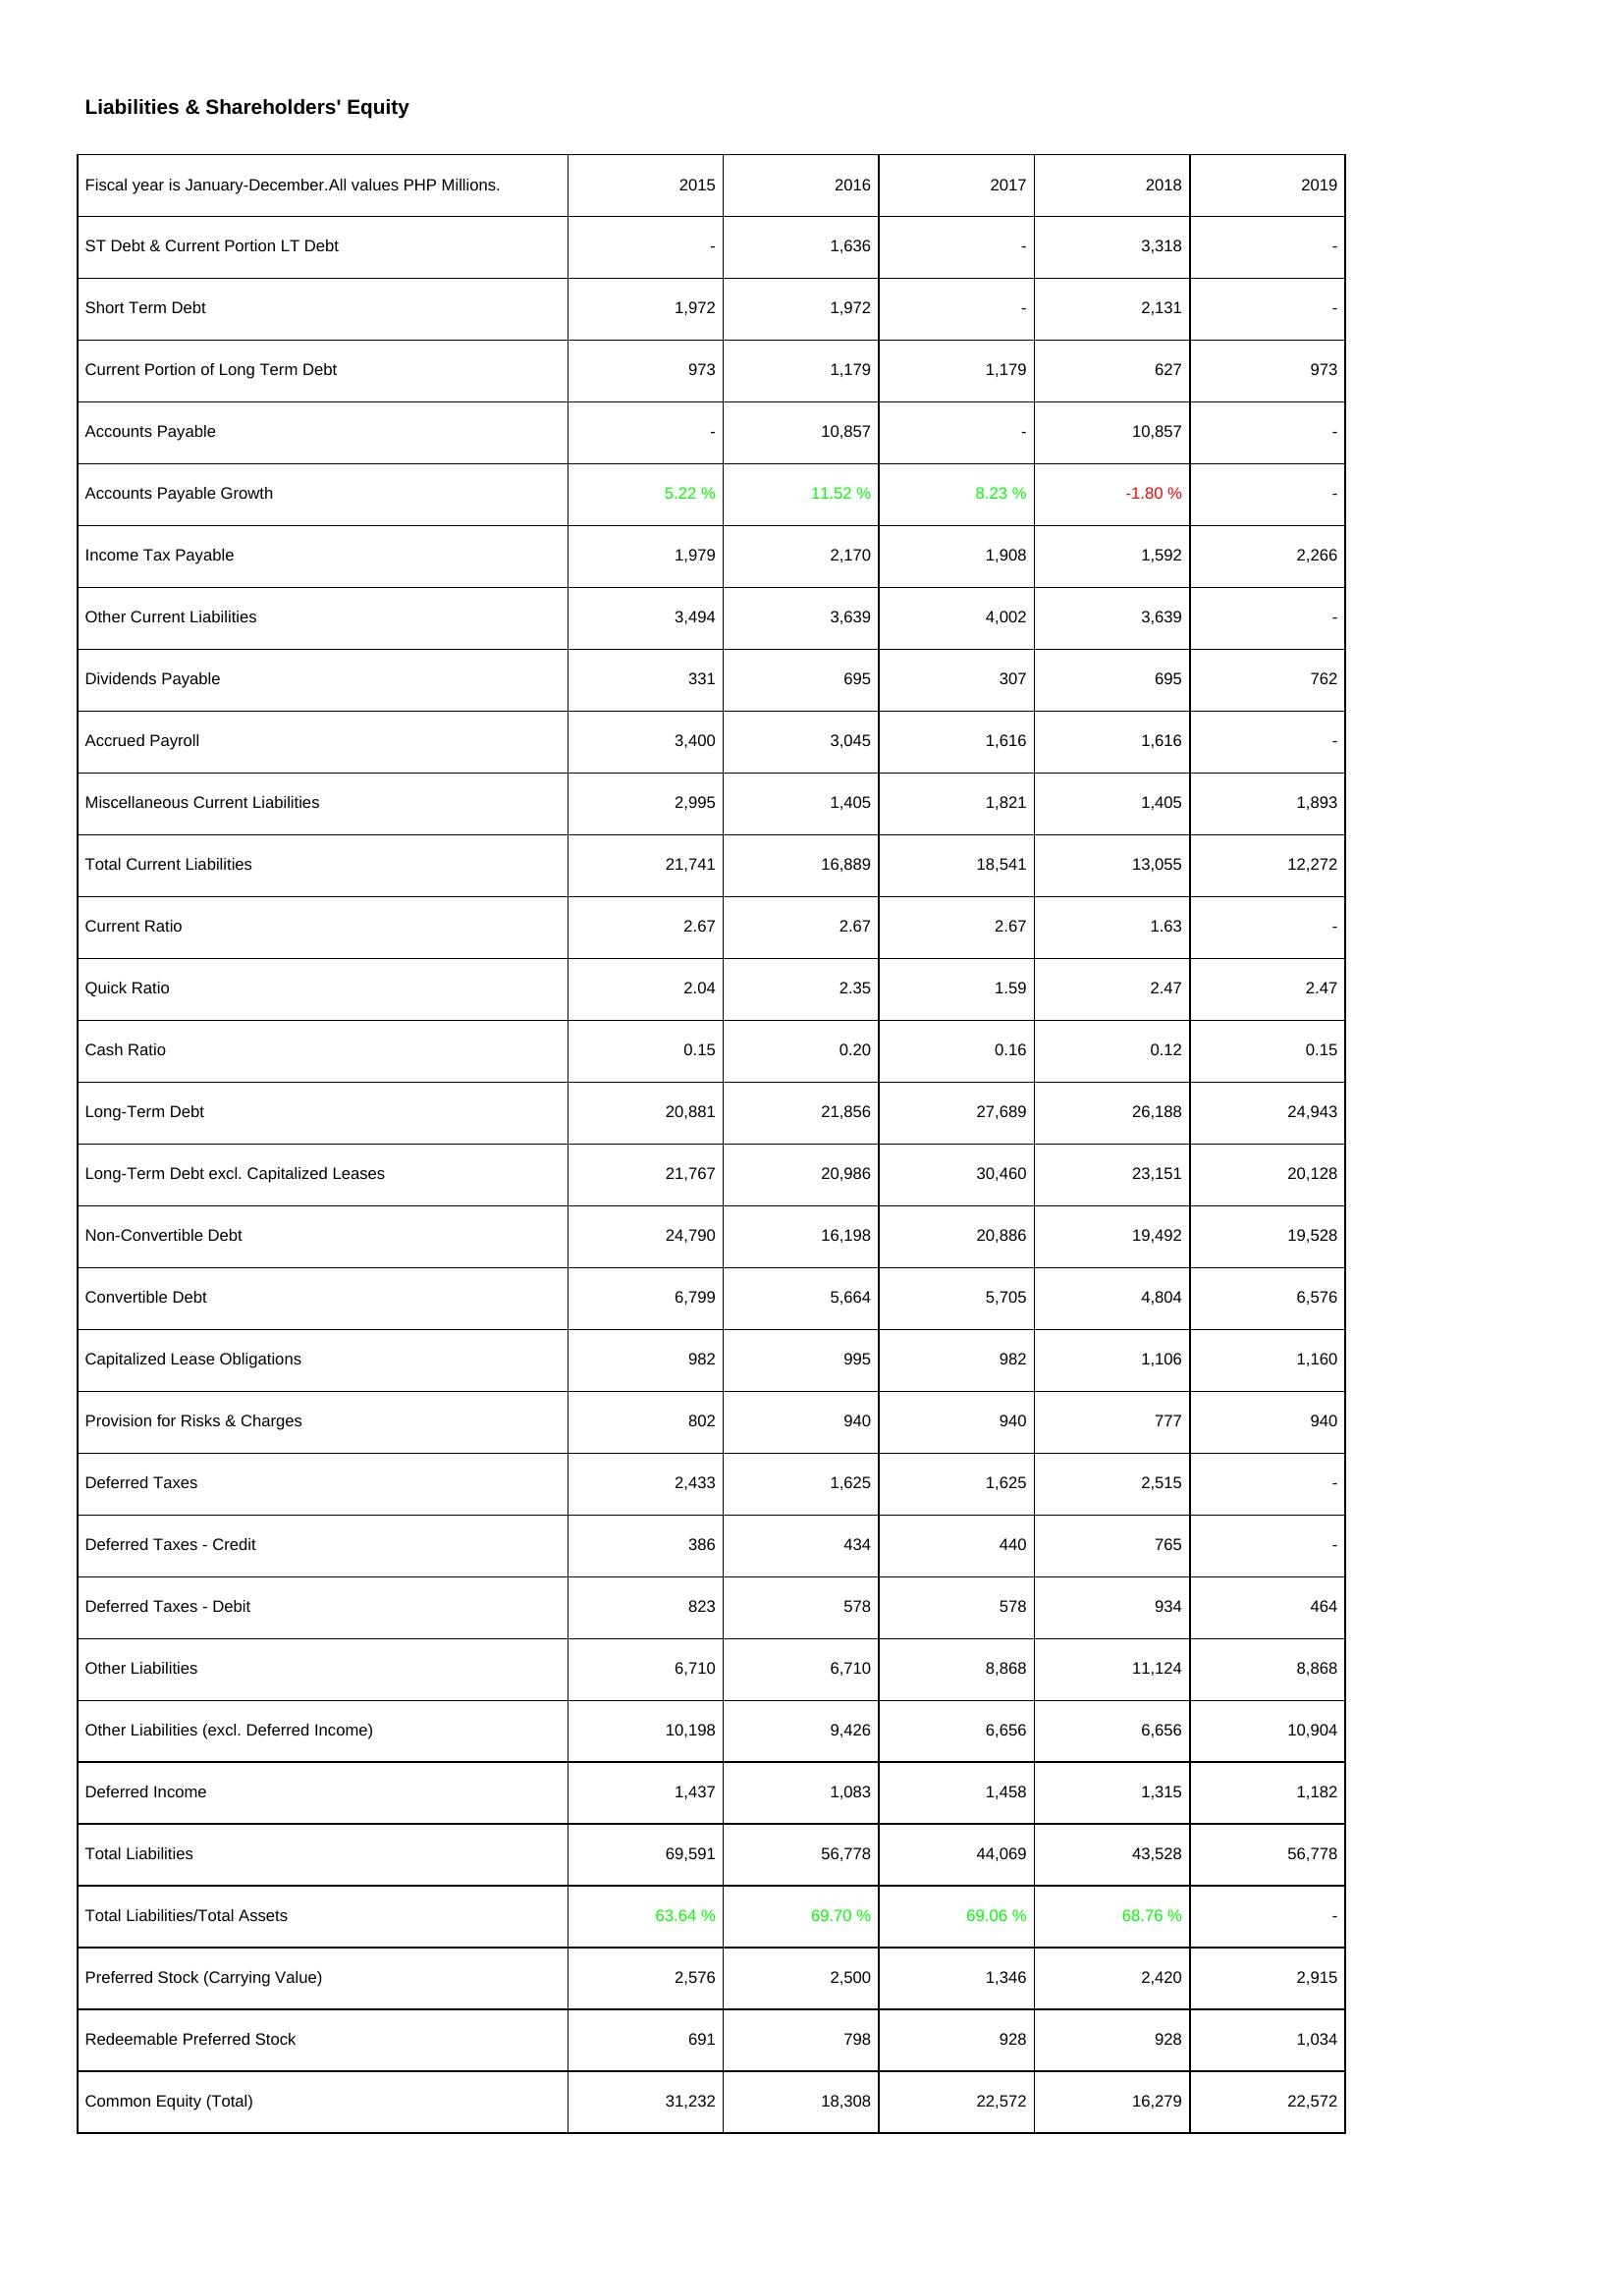
2015: Liabilities & Shareholders' Equity: ST Debt & Current Portion LT Debt: -
Short Term Debt: 1,972
Current Portion of Long Term Debt: 973
Accounts Payable: -
Accounts Payable Growth: 5.22 %
Income Tax Payable: 1,979
Other Current Liabilities: 3,494
Dividends Payable: 331
Accrued Payroll: 3,400
Miscellaneous Current Liabilities: 2,995
Total Current Liabilities: 21,741
Current Ratio: 2.67
Quick Ratio: 2.04
Cash Ratio: 0.15
Long-Term Debt: 20,881
Long-Term Debt excl. Capitalized Leases: 21,767
Non-Convertible Debt: 24,790
Convertible Debt: 6,799
Capitalized Lease Obligations: 982
Provision for Risks & Charges: 802
Deferred Taxes: 2,433
Deferred Taxes - Credit: 386
Deferred Taxes - Debit: 823
Other Liabilities: 6,710
Other Liabilities (excl. Deferred Income): 10,198
Deferred Income: 1,437
Total Liabilities: 69,591
Total Liabilities/Total Assets: 63.64 %
Preferred Stock (Carrying Value): 2,576
Redeemable Preferred Stock: 691
Common Equity (Total): 31,232
2016: Liabilities & Shareholders' Equity: ST Debt & Current Portion LT Debt: 1,636
Short Term Debt: 1,972
Current Portion of Long Term Debt: 1,179
Accounts Payable: 10,857
Accounts Payable Growth: 11.52 %
Income Tax Payable: 2,170
Other Current Liabilities: 3,639
Dividends Payable: 695
Accrued Payroll: 3,045
Miscellaneous Current Liabilities: 1,405
Total Current Liabilities: 16,889
Current Ratio: 2.67
Quick Ratio: 2.35
Cash Ratio: 0.20
Long-Term Debt: 21,856
Long-Term Debt excl. Capitalized Leases: 20,986
Non-Convertible Debt: 16,198
Convertible Debt: 5,664
Capitalized Lease Obligations: 995
Provision for Risks & Charges: 940
Deferred Taxes: 1,625
Deferred Taxes - Credit: 434
Deferred Taxes - Debit: 578
Other Liabilities: 6,710
Other Liabilities (excl. Deferred Income): 9,426
Deferred Income: 1,083
Total Liabilities: 56,778
Total Liabilities/Total Assets: 69.70 %
Preferred Stock (Carrying Value): 2,500
Redeemable Preferred Stock: 798
Common Equity (Total): 18,308
2017: Liabilities & Shareholders' Equity: ST Debt & Current Portion LT Debt: -
Short Term Debt: -
Current Portion of Long Term Debt: 1,179
Accounts Payable: -
Accounts Payable Growth: 8.23 %
Income Tax Payable: 1,908
Other Current Liabilities: 4,002
Dividends Payable: 307
Accrued Payroll: 1,616
Miscellaneous Current Liabilities: 1,821
Total Current Liabilities: 18,541
Current Ratio: 2.67
Quick Ratio: 1.59
Cash Ratio: 0.16
Long-Term Debt: 27,689
Long-Term Debt excl. Capitalized Leases: 30,460
Non-Convertible Debt: 20,886
Convertible Debt: 5,705
Capitalized Lease Obligations: 982
Provision for Risks & Charges: 940
Deferred Taxes: 1,625
Deferred Taxes - Credit: 440
Deferred Taxes - Debit: 578
Other Liabilities: 8,868
Other Liabilities (excl. Deferred Income): 6,656
Deferred Income: 1,458
Total Liabilities: 44,069
Total Liabilities/Total Assets: 69.06 %
Preferred Stock (Carrying Value): 1,346
Redeemable Preferred Stock: 928
Common Equity (Total): 22,572
2018: Liabilities & Shareholders' Equity: ST Debt & Current Portion LT Debt: 3,318
Short Term Debt: 2,131
Current Portion of Long Term Debt: 627
Accounts Payable: 10,857
Accounts Payable Growth: -1.80 %
Income Tax Payable: 1,592
Other Current Liabilities: 3,639
Dividends Payable: 695
Accrued Payroll: 1,616
Miscellaneous Current Liabilities: 1,405
Total Current Liabilities: 13,055
Current Ratio: 1.63
Quick Ratio: 2.47
Cash Ratio: 0.12
Long-Term Debt: 26,188
Long-Term Debt excl. Capitalized Leases: 23,151
Non-Convertible Debt: 19,492
Convertible Debt: 4,804
Capitalized Lease Obligations: 1,106
Provision for Risks & Charges: 777
Deferred Taxes: 2,515
Deferred Taxes - Credit: 765
Deferred Taxes - Debit: 934
Other Liabilities: 11,124
Other Liabilities (excl. Deferred Income): 6,656
Deferred Income: 1,315
Total Liabilities: 43,528
Total Liabilities/Total Assets: 68.76 %
Preferred Stock (Carrying Value): 2,420
Redeemable Preferred Stock: 928
Common Equity (Total): 16,279
2019: Liabilities & Shareholders' Equity: ST Debt & Current Portion LT Debt: -
Short Term Debt: -
Current Portion of Long Term Debt: 973
Accounts Payable: -
Accounts Payable Growth: -
Income Tax Payable: 2,266
Other Current Liabilities: -
Dividends Payable: 762
Accrued Payroll: -
Miscellaneous Current Liabilities: 1,893
Total Current Liabilities: 12,272
Current Ratio: -
Quick Ratio: 2.47
Cash Ratio: 0.15
Long-Term Debt: 24,943
Long-Term Debt excl. Capitalized Leases: 20,128
Non-Convertible Debt: 19,528
Convertible Debt: 6,576
Capitalized Lease Obligations: 1,160
Provision for Risks & Charges: 940
Deferred Taxes: -
Deferred Taxes - Credit: -
Deferred Taxes - Debit: 464
Other Liabilities: 8,868
Other Liabilities (excl. Deferred Income): 10,904
Deferred Income: 1,182
Total Liabilities: 56,778
Total Liabilities/Total Assets: -
Preferred Stock (Carrying Value): 2,915
Redeemable Preferred Stock: 1,034
Common Equity (Total): 22,572